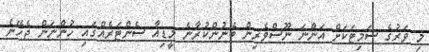
މި ވަރުގެ ސަމިޓަކަށް އަންނަ ނޫސްވެރިން ބޭނުންކުރާނެ މީޑިއާ ސެންޓަރެއްގައި ހުންނަން ޖެހޭނެ